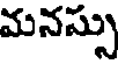
మనస్సు